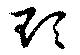
頊